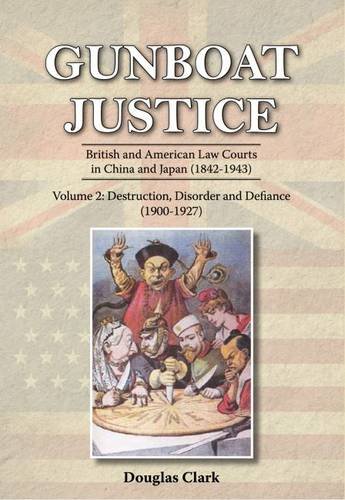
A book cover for Gunboat Justice Volume 2: British and American Law Courts in China and Japan (1842EE1943); Douglas Clark; Law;